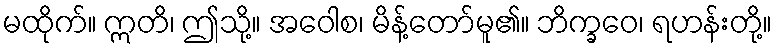
မထိုက်။ ဣတိ၊ ဤသို့။ အဝေါစ၊ မိန့်တော်မူ၏။ ဘိက္ခဝေ၊ ရဟန်းတို့။